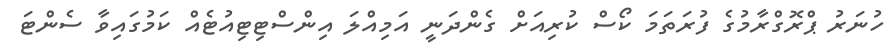
ހުނަރު ޕްރޮގްރާމުގެ ފުރަތަމަ ކޯސް ކުރިއަށް ގެންދަނީ އަމިއްލަ އިންސްޓިޓިއުޓެއް ކަމުގައިވާ ސެންޓަ